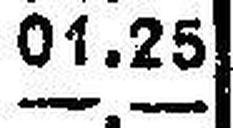
—.—